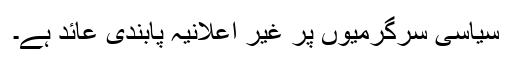
سیاسی سرگرمیوں پر غیر اعلانیہ پابندی عائد ہے۔